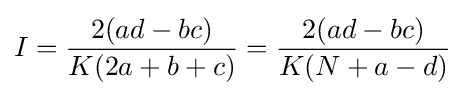
I={\frac {2(ad-bc)}{K(2a+b+c)}}={\frac {2(ad-bc)}{K(N+a-d)}}